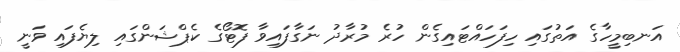
އަނބިމީހާގެ އަތުގައި ހިފަހައްޓައިގެން ހުރެ މުރާދު ނަގާފައިވާ ފޮޓޯގެ ކެޕްޝަންގައި ލިޔެފައި ވަނީ